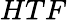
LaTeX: HTF